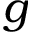
\boldsymbol { g }